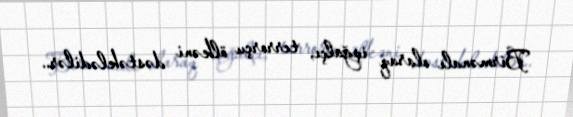
Birmənalı olaraq işğalçı, terrorçu ölkəni dəstəklədilər..